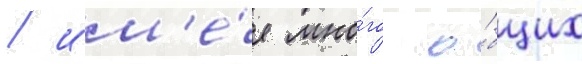
/ им'е́я мно́го о́бщих